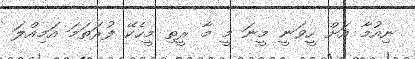
ނިއުމާ އަށް ހީވަނީ މީނަ މީ މާ ރީތި މީހެކޭ ފުރަތަމަ އަމިއްލަ